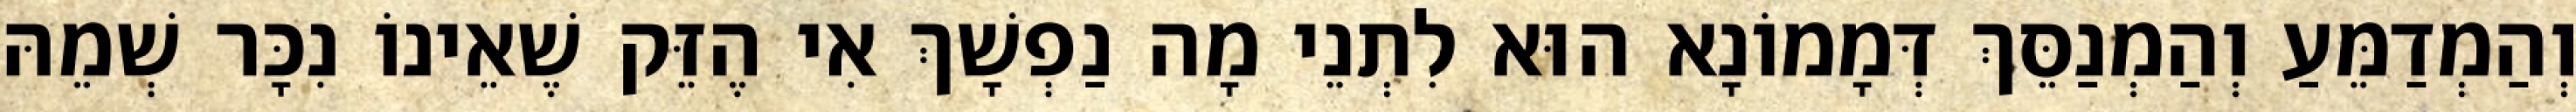
וְהַמְדַמֵּעַ וְהַמְנַסֵּךְ דְּמָמוֹנָא הוּא לִתְנֵי מָה נַפְשָׁךְ אִי הֶזֵּק שֶׁאֵינוֹ נִכָּר שְׁמֵהּ